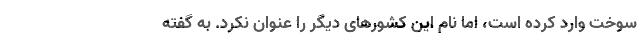
سوخت وارد کرده است، اما نام این کشورهای دیگر را عنوان نکرد. به گفته